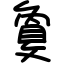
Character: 敻